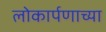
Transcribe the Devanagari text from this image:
लोकार्पणाच्या